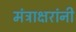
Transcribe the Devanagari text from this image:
मंत्राक्षरांनी